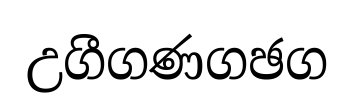
උගීගණගඡග